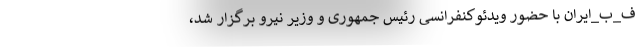
ف_ب_ایران با حضور ویدئوکنفرانسی رئیس جمهوری و وزیر نیرو برگزار شد،